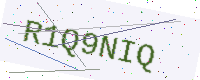
Text: R1Q9NIQ